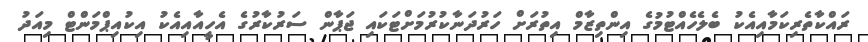
ރައްކާތެރިކަމާއިއެކު ބެލެހެއްޓުމުގެ އިންތިޒާމް އިތުރަށް ހަރުދަނާކުރުމަށްޓަކައި ޖަޕާން ސަރުކާރުގެ އެހީއާއިއެކު އިކުއިޕްމަންޓް މިއަދު